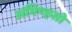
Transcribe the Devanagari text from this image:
अभिण्हसो